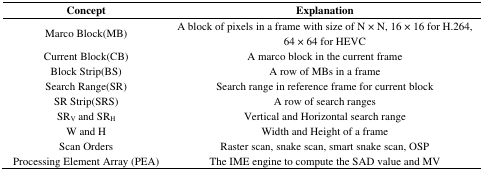
<table><thead><tr><td><b>Concept</b></td><td><b>Explanation</b></td></tr></thead><tbody><tr><td>Marco Block(MB)</td><td>A block of pixels in a frame with size of N × N, 16 × 16 for H.264, 64 × 64 for HEVC</td></tr><tr><td>Current Block(CB)</td><td>A marco block in the current frame</td></tr><tr><td>Block Strip(BS)</td><td>A row of MBs in a frame</td></tr><tr><td>Search Range(SR)</td><td>Search range in reference frame for current block</td></tr><tr><td>SR Strip(SRS)</td><td>A row of search ranges</td></tr><tr><td>SR<sub>V</sub> and SR<sub>H</sub></td><td>Vertical and Horizontal search range</td></tr><tr><td>W and H</td><td>Width and Height of a frame</td></tr><tr><td>Scan Orders</td><td>Raster scan, snake scan, smart snake scan, OSP</td></tr><tr><td>Processing Element Array (PEA)</td><td>The IME engine to compute the SAD value and MV</td></tr></tbody></table>